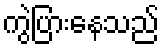
ကွဲပြားနေသည်